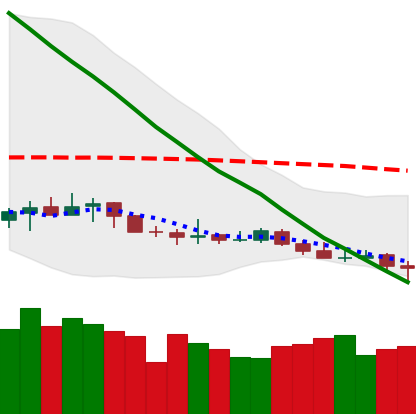
Ticker: XLM-USD
Chart end date: 2019-12-15
Forward return: -9.979%
Label: down_7plus